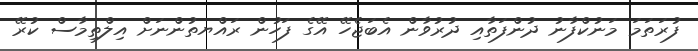
ފުރަތަމަ މަނުކްފާނު ދުންފަތާއި ދުރުވާން އެބަޖެހޭ އޭގެ ފަހުން ރައްޔތުންނަށް އިލްތިމާސް ކުރޭ